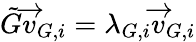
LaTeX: \tilde{G}\overrightarrow{v}_{G,i}=\lambda_{G,i}\overrightarrow{v}_{G,i}